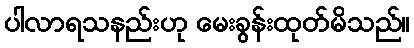
ပါလာရသနည်းဟု မေးခွန်းထုတ်မိသည်။